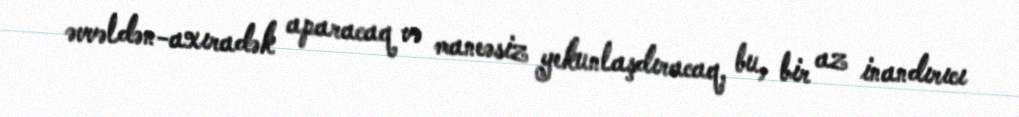
əvvəldən-axıradək aparacaq və maneəsiz yekunlaşdıracaq, bu, bir az inandırıcı